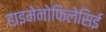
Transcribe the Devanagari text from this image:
हाइमेनोफिलेसिई